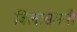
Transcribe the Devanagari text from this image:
विलासमयी